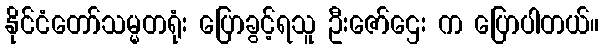
နိုင်ငံတော်သမ္မတရုံး ပြောခွင့်ရသူ ဦးဇော်ဌေး က ပြောပါတယ်။